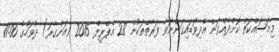
މިމަސައްކަތް ކޮށްދެއްވަން އެދިވަޑައިގަންނަވާ ފަރާތްތަކުން 28 އެޕްރީލް 2015 (އަންގާރަ) ދުވަހުގެ 11:00